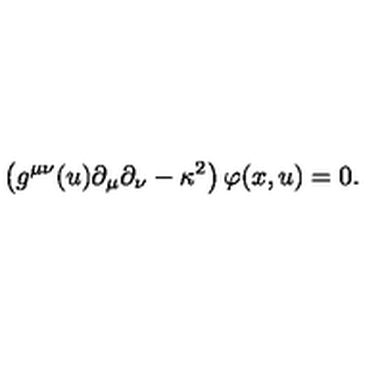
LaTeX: \left( g ^ { \mu \nu } ( u ) \partial _ { \mu } \partial _ { \nu } - \kappa ^ { 2 } \right) \varphi ( x , u ) = 0 .